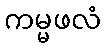
ကမ္မဖလံ